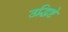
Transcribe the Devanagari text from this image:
उद्धिष्टे